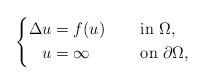
LaTeX: \begin{align*}\left\{\begin{aligned}\Delta u&=f(u)&&\quad\mbox{ in }\Omega,\\u&=\infty &&\quad\mbox{ on }\partial\Omega,\end{aligned}\right.\end{align*}